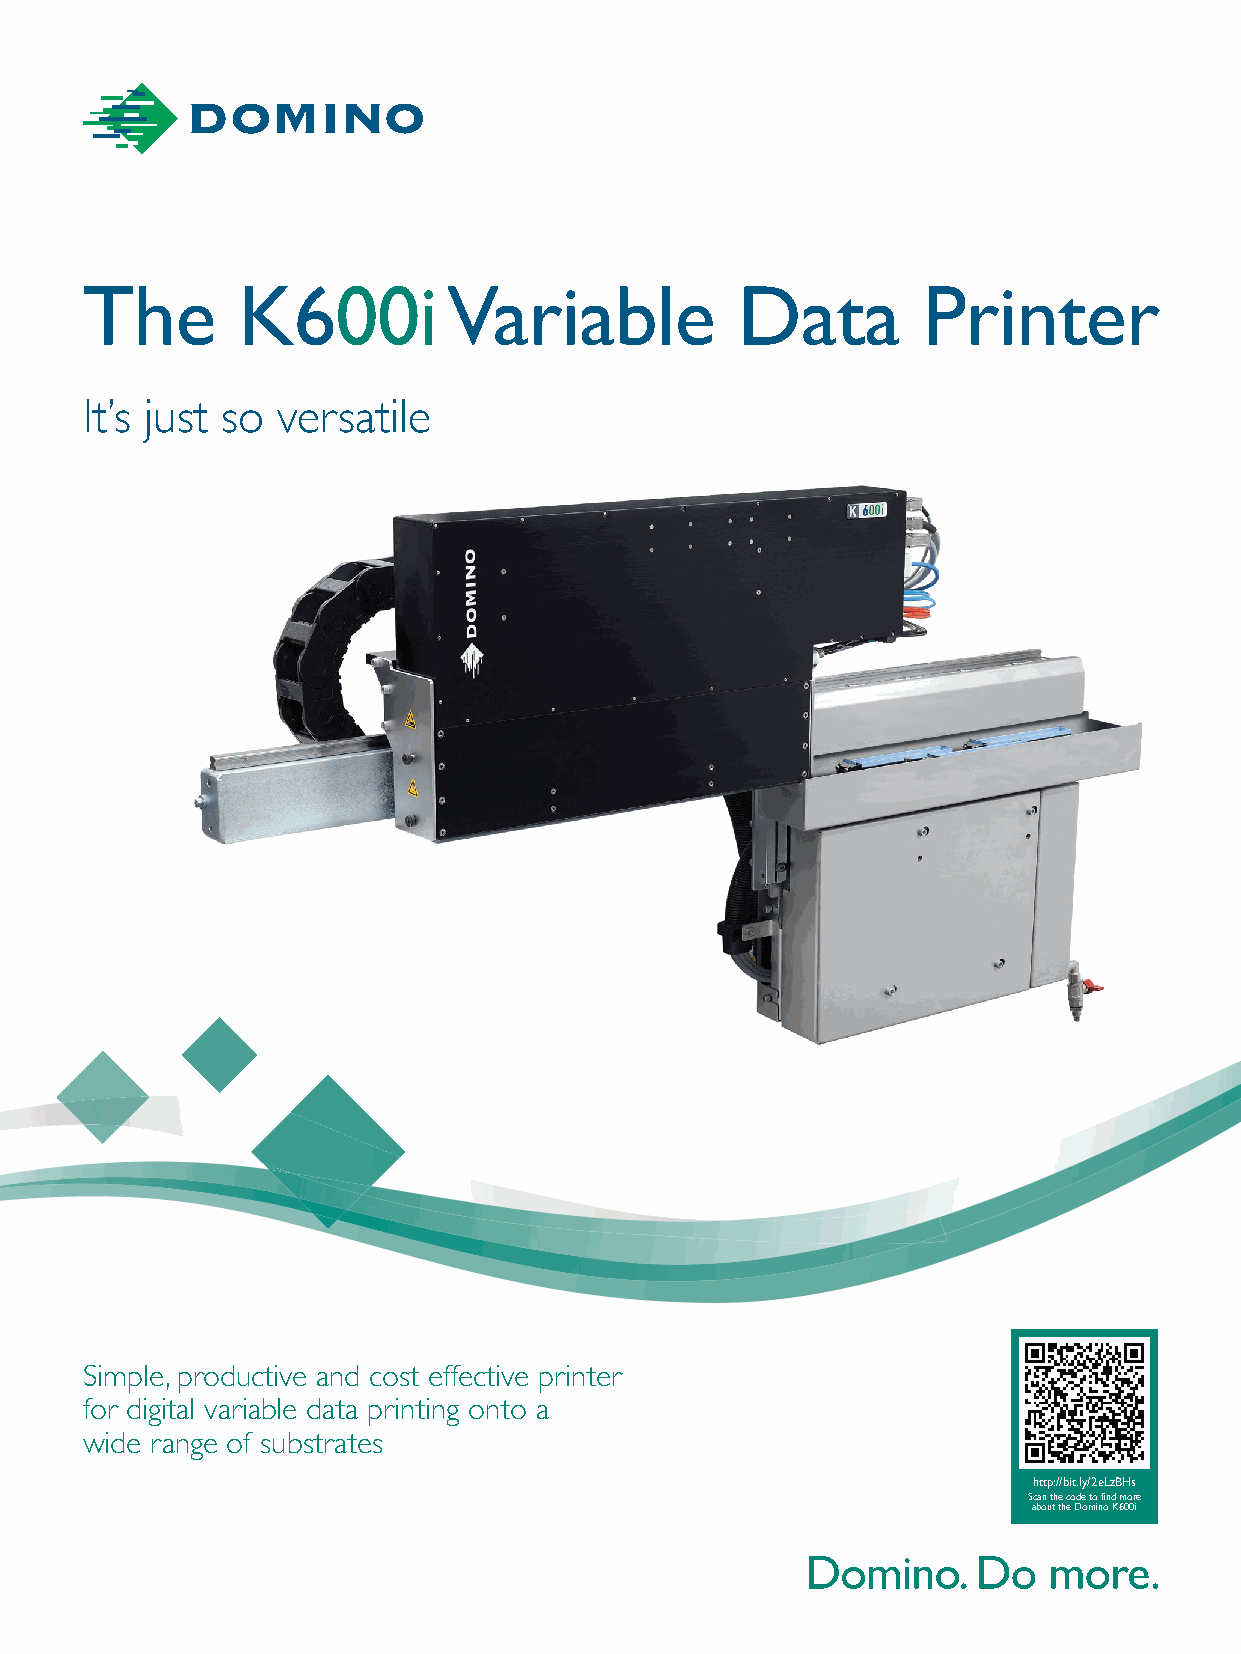
The        K600i         Variable           Data        Printer
 It’s just so versatile
 Simple, productive and cost effective printer
 for digital variable data printing onto a
 wide range of substrates
 http://bit.ly/2eLzBHs
 Scan the code to find more
 about the Domino K600i